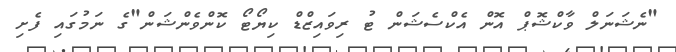
"ނެޝަނަލް ވާކްޝޮޕް އޮން އެކްސެޝަން ޓު ރިވައިޒްޑް ކިޔޯޓޯ ކޮންވެންޝަން"ގެ ނަމުގައި ފެށި